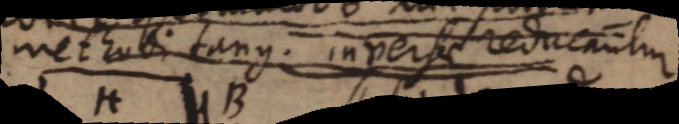
methodi tang. inversae reducantur